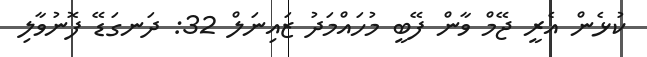
ކުޅެން އެރީ ޖޭމް ވާން ފޭބީ މުހައްމަދު ޒައިނަލް 32: ދަނގަޑޭ ފޮނުވާލި